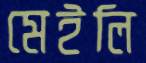
মেইলি